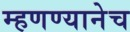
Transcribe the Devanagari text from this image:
म्हणण्यानेच